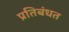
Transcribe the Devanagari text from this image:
प्रतिबंधत